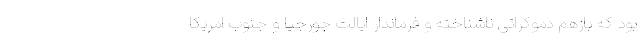
بود که بازهم دموکراتی ناشناخته و فرماندار ایالت جورجیا و جنوب امریکا